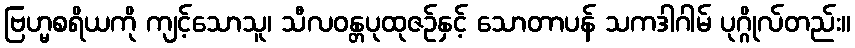
ဗြဟ္မစရိယကို ကျင့်သောသူ၊ သီလဝန္တပုထုဇဉ်နှင့် သောတာပန် သကဒါဂါမ် ပုဂ္ဂိုလ်တည်း။